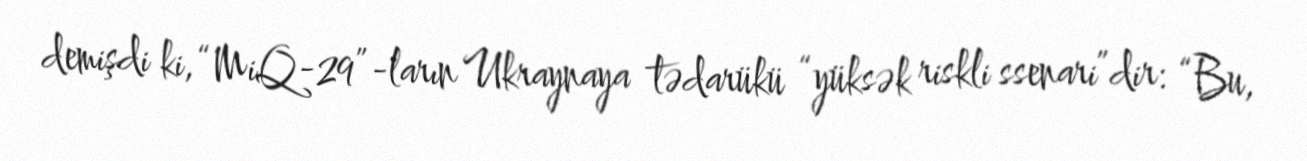
demişdi ki, “MiQ-29”-ların Ukraynaya tədarükü “yüksək riskli ssenari”dir: “Bu,